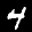
Label: 4